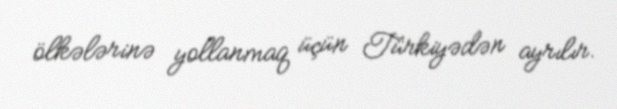
ölkələrinə yollanmaq üçün Türkiyədən ayrılır.